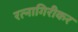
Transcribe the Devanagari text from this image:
रत्‍नागिरीकर